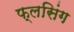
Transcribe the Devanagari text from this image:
फ्लसिंग